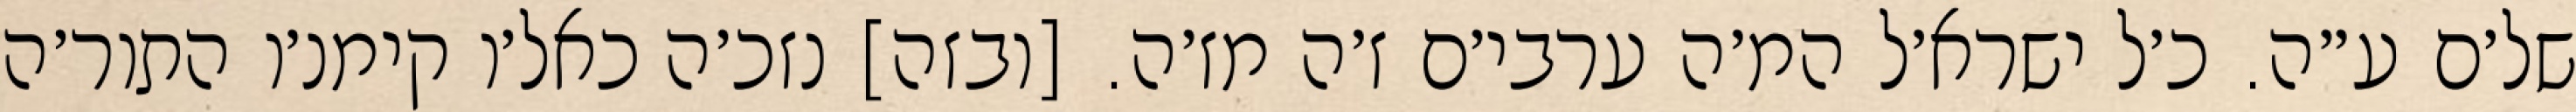
של׳ם ע״ה. כ׳ל ישרא׳ל המ׳ה ערבי׳ם ז׳ה מז׳ה. [ובזה] נזכ׳ה כאל׳ו קימנ׳ו התור׳ה